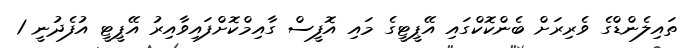
ތައިލެންޑްގެ ވެރިރަށް ބެންކޮކްގައި އޭޕީޓީގެ މައި އޮފީސް ގާއިމްކޮށްފައިވާއިރު އޭޕީޓީ އުފެދުނީ 1